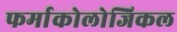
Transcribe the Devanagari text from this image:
फर्माकोलोजिकल